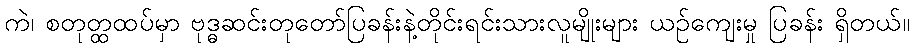
ကဲ၊ စတုတ္ထထပ်မှာ ဗုဒ္ဓဆင်းတုတော်ပြခန်းနဲ့တိုင်းရင်းသားလူမျိုးများ ယဉ်ကျေးမှု ပြခန်း ရှိတယ်။